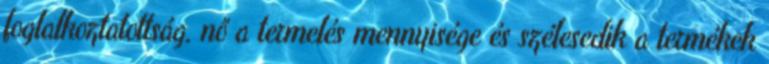
foglalkoztatottság, nő a termelés mennyisége és szélesedik a termékek